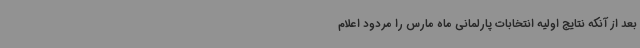
بعد از آنکه نتایج اولیه انتخابات پارلمانی ماه مارس را مردود اعلام